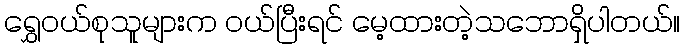
ရွှေဝယ်စုသူများက ဝယ်ပြီးရင် မေ့ထားတဲ့သဘောရှိပါတယ်။